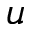
u